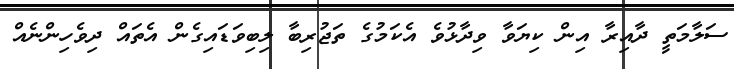
ސަލާމަތީ ދާއިރާ އިން ކިޔަވާ ވިދާޅުވެ އެކަމުގެ ތަޖުރިބާ ލިބިވަޑައިގެން އެތައް ދިވެހިންނެއް